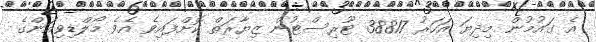
އެ ގައުމުން މިދިޔަ އަހަރު 38817 ޓޫރިސްޓުން ޒިޔާރަތް ކޮށްފައިވެ އެވެ މޯލްޑިވިއަންގެ